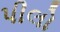
પીલો